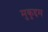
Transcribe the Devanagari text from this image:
मुकुद्दम